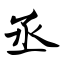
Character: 丞